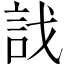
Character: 𧥾